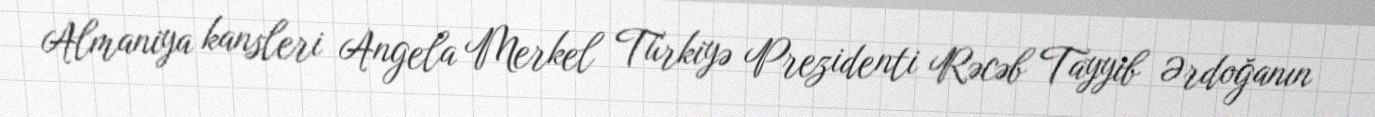
Almaniya kansleri Angela Merkel Türkiyə Prezidenti Rəcəb Tayyib Ərdoğanın